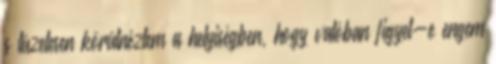
s tüzetesen körülnéztem a helyiségben, hogy valóban figyel-e engem